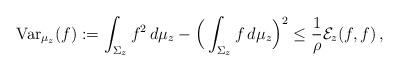
LaTeX: \begin{align*}\mbox{Var}_{\mu_z}(f) := \int_{\Sigma_z} f^2\,d\mu_z - \Big(\int_{\Sigma_z} f\,d\mu_z\Big)^2 \le \frac{1}{\rho} \mathcal{E}_z(f,f)\,, \end{align*}